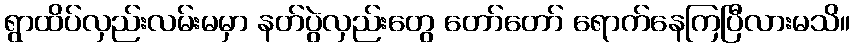
ရွာထိပ်လှည်းလမ်းမမှာ နတ်ပွဲလှည်းတွေ တော်တော် ရောက်နေကြပြီလားမသိ။